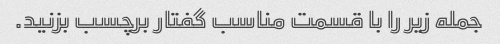
جمله زیر را با قسمت مناسب گفتار برچسب بزنید.